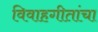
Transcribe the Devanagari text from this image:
विवाहगीतांचा